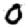
Digit: 0